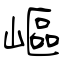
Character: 嶇